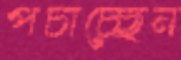
পচাচ্ছেন